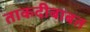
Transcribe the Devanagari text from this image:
ताकदीबाबत